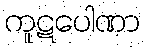
ကူဋပေါဏာ